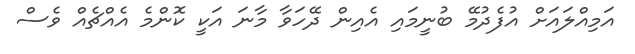
އަމިއްލައަށް އުފެދުމޭ ބުނީމައި އެއިން ދޭހަވާ މާނަ އަކީ ކޮންމެ އެއްޗެއް ވެސް